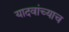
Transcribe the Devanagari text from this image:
यादवांच्याच